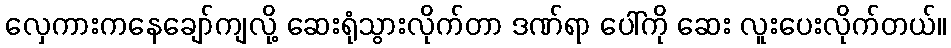
လှေကားကနေချော်ကျလို့ ဆေးရုံသွားလိုက်တာ ဒဏ်ရာ ပေါ်ကို ဆေး လူးပေးလိုက်တယ်။